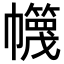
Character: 𢅵